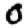
Digit: 0